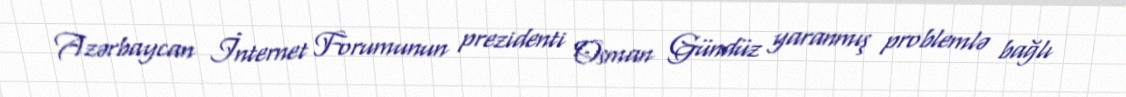
Azərbaycan İnternet Forumunun prezidenti Osman Gündüz yaranmış problemlə bağlı